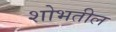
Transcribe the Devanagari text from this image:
शोभतील